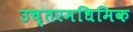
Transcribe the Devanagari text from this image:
उच्तरमधिमिक